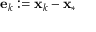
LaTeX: \mathbf { e } _ { k } : = \mathbf { x } _ { k } - \mathbf { x } _ { * }